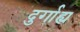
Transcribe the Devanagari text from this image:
दुर्गाह्य